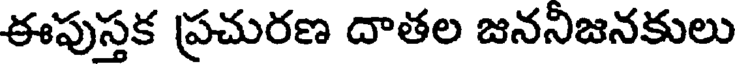
ఈపుస్తక ప్రచురణ దాతల జననిజనకులు